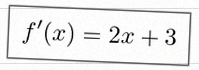
f'(x)=2x+3